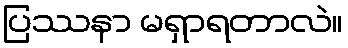
ပြဿနာ မရှာရတာလဲ။